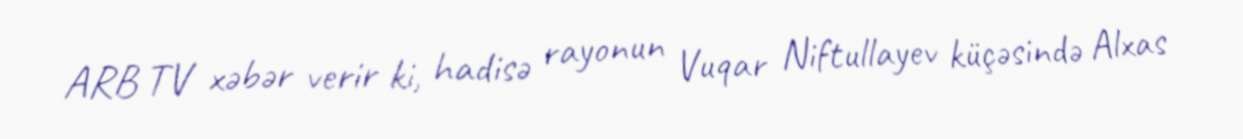
ARB TV xəbər verir ki, hadisə rayonun Vuqar Niftullayev küçəsində Alxas